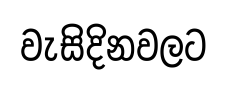
වැසිදිනවලට